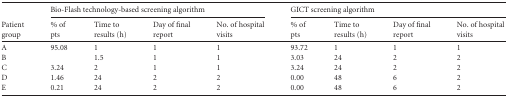
<table><thead><tr><td rowspan="2"><b>Patient group</b></td><td colspan="4"><b>Bio-Flash technology-based screening algorithm</b></td><td colspan="4"><b>GICT screening algorithm</b></td></tr><tr><td><b>% of pts</b></td><td><b>Time to results (h)</b></td><td><b>Day of final report</b></td><td><b>No. of hospital visits</b></td><td><b>% of pts</b></td><td><b>Time to results (h)</b></td><td><b>Day of final report</b></td><td><b>No. of hospital visits</b></td></tr></thead><tbody><tr><td>A</td><td>95.08</td><td>1</td><td>1</td><td>1</td><td>93.72</td><td>1</td><td>1</td><td>1</td></tr><tr><td>B</td><td></td><td>1.5</td><td>1</td><td>1</td><td>3.03</td><td>24</td><td>2</td><td>2</td></tr><tr><td>C</td><td>3.24</td><td>2</td><td>1</td><td>1</td><td>3.24</td><td>24</td><td>2</td><td>2</td></tr><tr><td>D</td><td>1.46</td><td>24</td><td>2</td><td>2</td><td>0.00</td><td>48</td><td>6</td><td>2</td></tr><tr><td>E</td><td>0.21</td><td>24</td><td>2</td><td>2</td><td>0.00</td><td>48</td><td>6</td><td>2</td></tr></tbody></table>